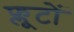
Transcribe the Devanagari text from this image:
फ्लूटों